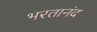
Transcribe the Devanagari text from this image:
भरतानंद